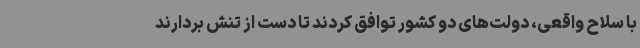
با سلاح واقعی، دولت‌های دو کشور توافق کردند تا دست از تنش بردارند